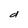
Character: d